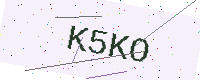
Text: K5KO